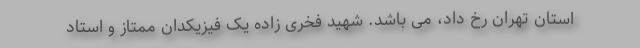
استان تهران رخ داد، می باشد. شهید فخری زاده یک فیزیکدان ممتاز و استاد